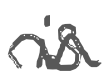
Text: is
Cross-out: wave
Writing tool: digital_gray